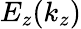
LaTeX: E_{z}(k_{z})